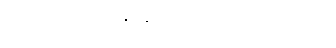
ရှောင်ရှား မောင်းနှင်နိုင်မယ်လို့လည်း ဆိုပါတယ်။